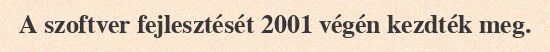
A szoftver fejlesztését 2001 végén kezdték meg.